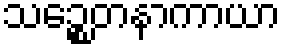
သဉ္စေတနာကာယာ